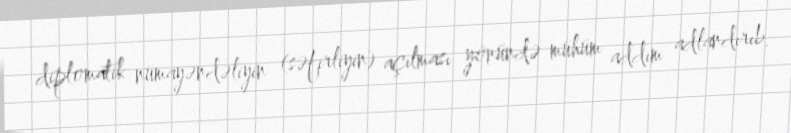
diplomatik nümayəndəliyin (səfirliyin) açılması yönündə mühüm addım adlandırıb.